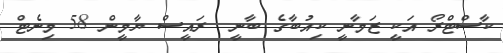
ކާސްޓްރޯ އަކީ ޒަމާނީ ކިއުބާގެ ބާނީ  ރައީސް ޔާމީން 58 މިނެޓް